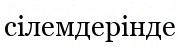
сілемдерінде